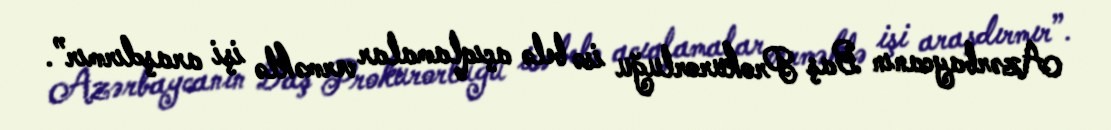
Azərbaycanın Baş Prokurorluğu isə belə açıqlamalar verməklə işi araşdırmır”.